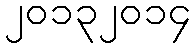
၂၀၁၃၂၀၁၄